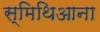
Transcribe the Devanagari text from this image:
स्मिथिआना